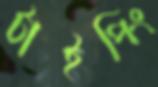
টাইপিং